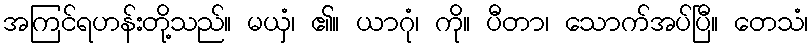
အကြင်ရဟန်းတို့သည်။ မယှံ၊ ၏။ ယာဂုံ၊ ကို။ ပီတာ၊ သောက်အပ်ပြီ။ တေသံ၊